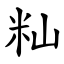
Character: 籼